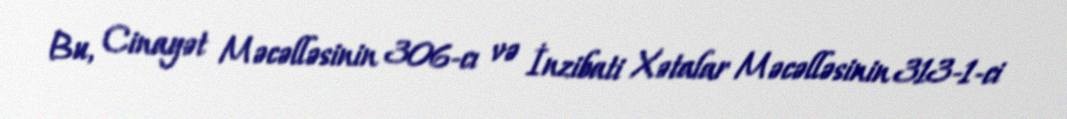
Bu, Cinayət Məcəlləsinin 306-cı və İnzibati Xətalar Məcəlləsinin 313-1-ci